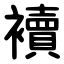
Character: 襩